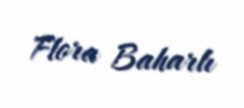
Flora Baharlı